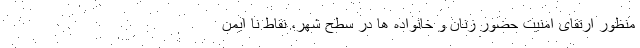
منظور ارتقای امنیت حضور زنان و خانواده ها در سطح شهر، نقاط نا ایمن